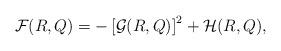
LaTeX: \begin{align*}\mathcal{F}(R,Q)=- \left [ \mathcal{G}(R,Q)\right ]^2 +\mathcal{H}(R,Q),\end{align*}